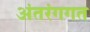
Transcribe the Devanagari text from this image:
अंतरंगगत